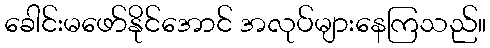
ခေါင်းမဖော်နိုင်အောင် အလုပ်များနေကြသည်။